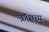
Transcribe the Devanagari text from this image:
क्रॉसच्य